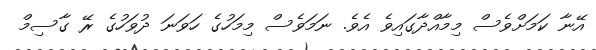
އޭނާ ކަމަށްވެސް މިމާއްދާގައިވެ އެވެ. ނަމަވެސް މިމަހުގެ ހަވަނަ ދުވަހުގެ ރޭ ގާސިމް